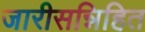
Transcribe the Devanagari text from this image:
जारीसन्निहित